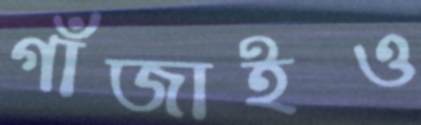
গাঁজাইও